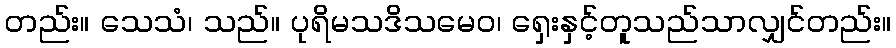
တည်း။ သေသံ၊ သည်။ ပုရိမသဒိသမေဝ၊ ရှေးနှင့်တူသည်သာလျှင်တည်း။